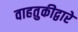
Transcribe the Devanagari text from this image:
वाहतुकीद्वारे